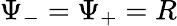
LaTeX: \Psi_{-}=\Psi_{+}=R